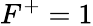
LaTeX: F^{+}=1